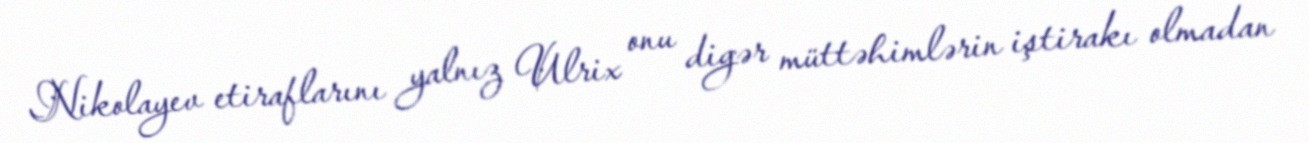
Nikolayev etiraflarını yalnız Ulrix onu digər müttəhimlərin iştirakı olmadan